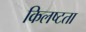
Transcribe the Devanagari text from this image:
किलष्टता